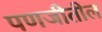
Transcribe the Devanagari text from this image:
पणजीतील